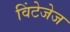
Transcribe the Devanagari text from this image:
विंटेजेज